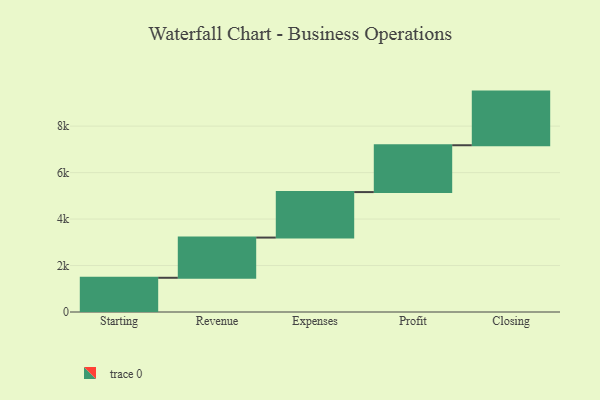
{"axis": {"x": "Step", "y": "Value"}, "legend": [""], "data": [{"x": "Starting", "y": 1473.0, "type": ""}, {"x": "Revenue", "y": 1731.0, "type": ""}, {"x": "Expenses", "y": 1958.0, "type": ""}, {"x": "Profit", "y": 2016.0, "type": ""}, {"x": "Closing", "y": 2309.0, "type": ""}]}